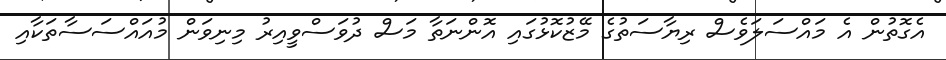
އެގޮތުން އެ މައްސަލަވެސް ރިޔާސަތުގެ މޭޒުކޮޅުގައި އޮންނަތާ މަސް ދުވަސްވީއިރު މިނިވަން މުއައްސަސާތަކާއި